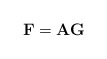
\begin{align*}\mathbf{F} = \mathbf{A}\mathbf{G}\end{align*}